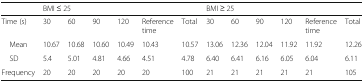
|  | <COLSPAN=6> BMI ≤ 25 | <COLSPAN=6> BMI ≥ 25 |
 | --- | --- | --- | --- | --- | --- | --- | --- | --- | --- | --- | --- | --- |
 | Time (s) | 30 | 60 | 90 | 120 | Reference time | Total | 30 | 60 | 90 | 120 | Reference time | Total |
 | Mean | 10.67 | 10.68 | 10.60 | 10.49 | 10.43 | 10.57 | 13.06 | 12.36 | 12.04 | 11.92 | 11.92 | 12.26 |
 | SD | 5.4 | 5.01 | 4.81 | 4.66 | 4.51 | 4.78 | 6.40 | 6.41 | 6.16 | 6.05 | 6.04 | 6.11 |
 | Frequency | 20 | 20 | 20 | 20 | 20 | 100 | 21 | 21 | 21 | 21 | 21 | 105 |